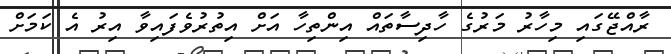
ރާއްޖޭގައި މިހާރު މަރުގެ ހާދިސާތައް އިންތިހާ އަށް އިތުރުވެފައިވާ އިރު އެ ކަމަށް